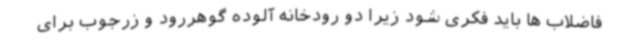
فاضلاب ها باید فکری شود زیرا دو رودخانه آلوده گوهررود و زرجوب برای